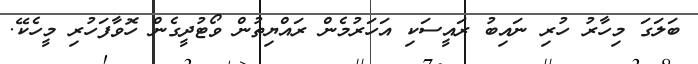
ބަލަގަ މިހާރު ހުރި ނައިބު ރައީސަކި އަހަރުމެން ރައްޔިތުން ވޯޓުދީގެން ހޮވާފަހުރި މީހެކޭ.